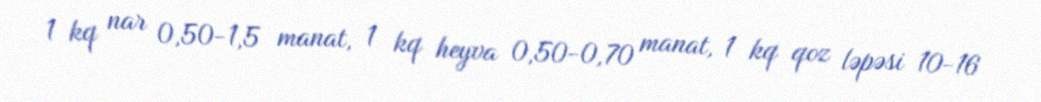
1 kq nar 0,50-1,5 manat, 1 kq heyva 0,50-0,70 manat, 1 kq qoz ləpəsi 10-16